Lunatic asylums Madras 1877-1891 - 1877-1891
Year: 1877
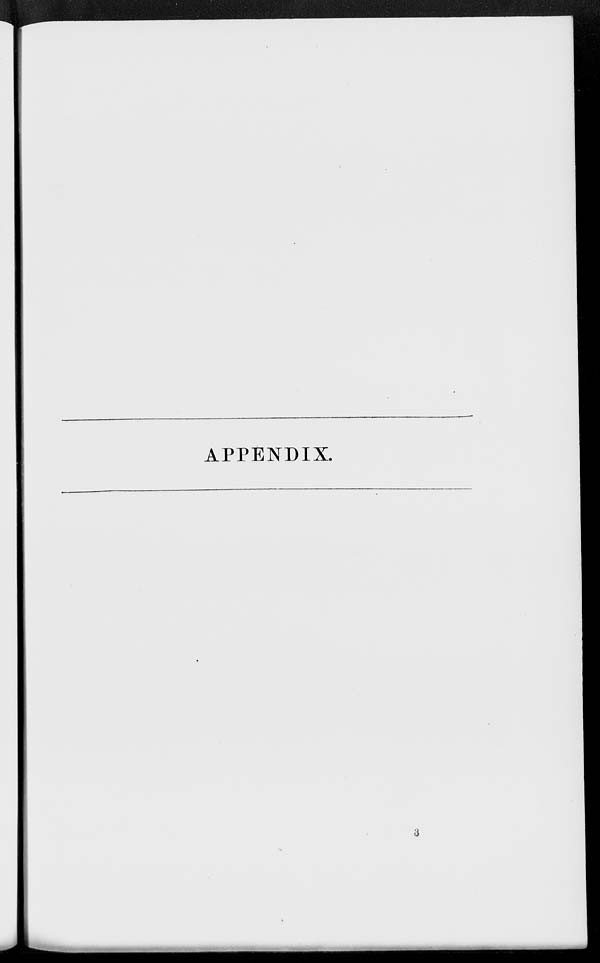
APPENDIX.
3